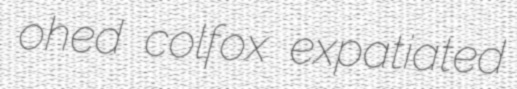
ohed colfox expatiated